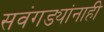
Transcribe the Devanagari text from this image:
सवंगड्यांनाही